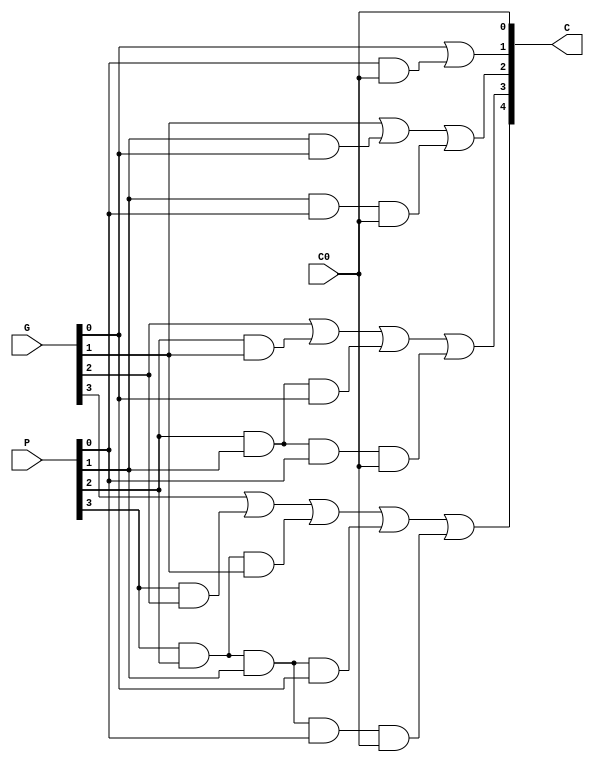
`timescale 1ns / 1ps
//////////////////////////////////////////////////////////////////////////////////
// Company: 
// Engineer: 
// 
// Design Name: 
// Module Name:    ParallelCarry4 
// Project Name: 
// Target Devices: 
// Tool versions: 
// Description: 
//
// Dependencies: 
//
// Revision: 
// Revision 0.01 - File Created
// Additional Comments: 
//
//////////////////////////////////////////////////////////////////////////////////
module ParallelCarry4(
    input [3:0] P,
    input [3:0] G,
    input C0,
    output [4:0] C
    );
assign 	C[0]=C0,
	C[1]=G[0]|P[0]&C[0],
	C[2]=G[1]|P[1]&G[0]|P[1]&P[0]&C[0],
	C[3]=G[2]|P[2]&G[1]|P[2]&P[1]&G[0]|P[2]&P[1]&P[0]&C[0],
	C[4]=G[3]|P[3]&G[2]|P[3]&P[2]&G[1]|P[3]&P[2]&P[1]&G[0]|P[3]&P[2]&P[1]&P[0]&C[0];

endmodule